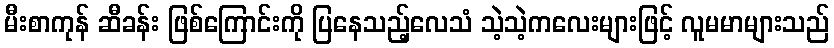
မီးစာကုန် ဆီခန်း ဖြစ်ကြောင်းကို ပြနေသည့်လေသံ သဲ့သဲ့ကလေးများဖြင့် လူမမာများသည်